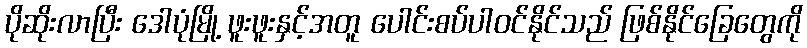
ပိုဆိုးလာပြီး ဒေါပုံမြို့ ဖူးဖူးနှင့်အတူ ပေါင်းစပ်ပါဝင်နိုင်သည် ဖြစ်နိုင်ခြေတွေကို